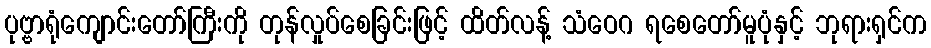
ပုဗ္ဗာရုံကျောင်းတော်ကြီးကို တုန်လှုပ်စေခြင်းဖြင့် ထိတ်လန့် သံဝေဂ ရစေတော်မူပုံနှင့် ဘုရားရှင်က